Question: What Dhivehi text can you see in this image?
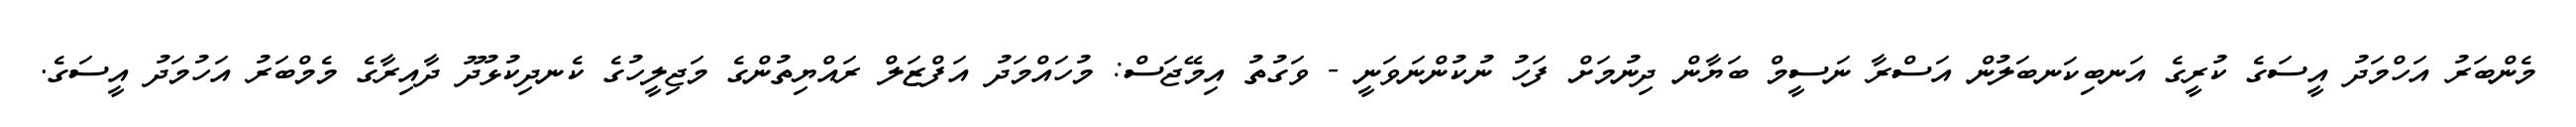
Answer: މެންބަރު އަހްމަދު އީސަގެ ކުރީގެ އަނބިކަނބަލުން އަސްރާ ނަސީމް ބަޔާން ދިނުމަށް ފަހު ނުކުންނަވަނީ - ވަގުތު އިމޭޖަސް: މުހައްމަދު އަފްޒަލް ރައްޔިތުންގެ މަޖިލީހުގެ ކެނދިކުޅުދޫ ދާއިރާގެ މެމްބަރު އަހުމަދު އީސަގެ.